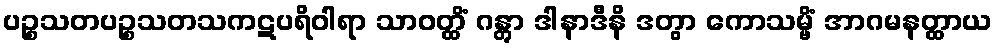
ပဉ္စသတပဉ္စသတသကဋပရိဝါရာ သာဝတ္ထိံ ဂန္တွာ ဒါနာဒီနိ ဒတွာ ကောသမ္ဗိံ အာဂမနတ္ထာယ